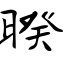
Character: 暌